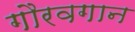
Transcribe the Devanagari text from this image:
गौरवगान